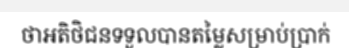
ថាអតិថិជនទទួលបានតម្លៃសម្រាប់ប្រាក់